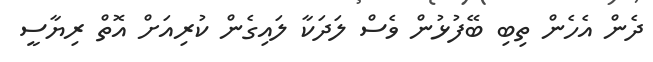
ދެން އެހެން ތިބި ބޭފުޅުން ވެސް ލަދަކާ ލައިގެން ކުރިއަށް އޮތް ރިޔާސީ